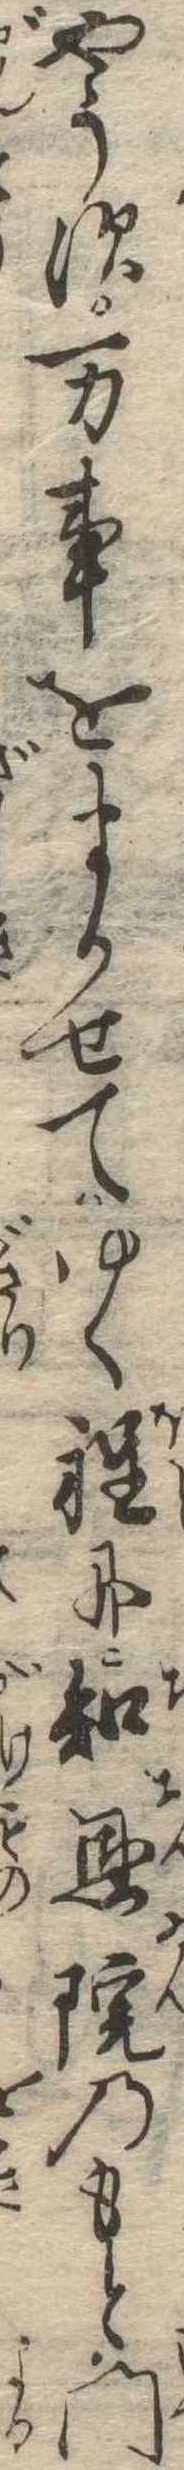
やうす万事をまかせてゆく程に知恩院のもと門